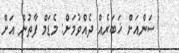
ސަންއަށް ޚަބަރެއް ދެއްވުމަށް: މެޑަމް ފާތުން އަށް